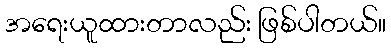
အရေးယူထားတာလည်း ဖြစ်ပါတယ်။